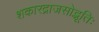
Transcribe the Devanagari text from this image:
शकारद्राजसोद्भूतिः